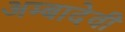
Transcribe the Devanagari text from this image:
अम्बादेवी